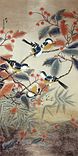
千门开锁万灯明，正月中旬动帝京。